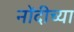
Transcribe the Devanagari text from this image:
नोंदीच्या